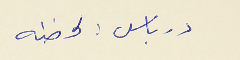
درباس : لحظه